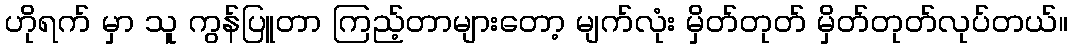
ဟိုရက် မှာ သူ ကွန်ပြူတာ ကြည့်တာများတော့ မျက်လုံး မှိတ်တုတ် မှိတ်တုတ်လုပ်တယ်။